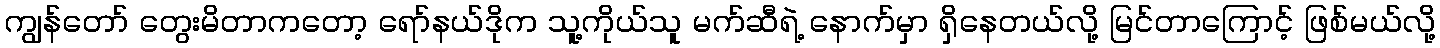
ကျွန်တော် တွေးမိတာကတော့ ရော်နယ်ဒိုက သူ့ကိုယ်သူ မက်ဆီရဲ့ နောက်မှာ ရှိနေတယ်လို့ မြင်တာကြောင့် ဖြစ်မယ်လို့